Vaccine operations Central Provinces 1900-1911 - 1900-1911
Year: 1900
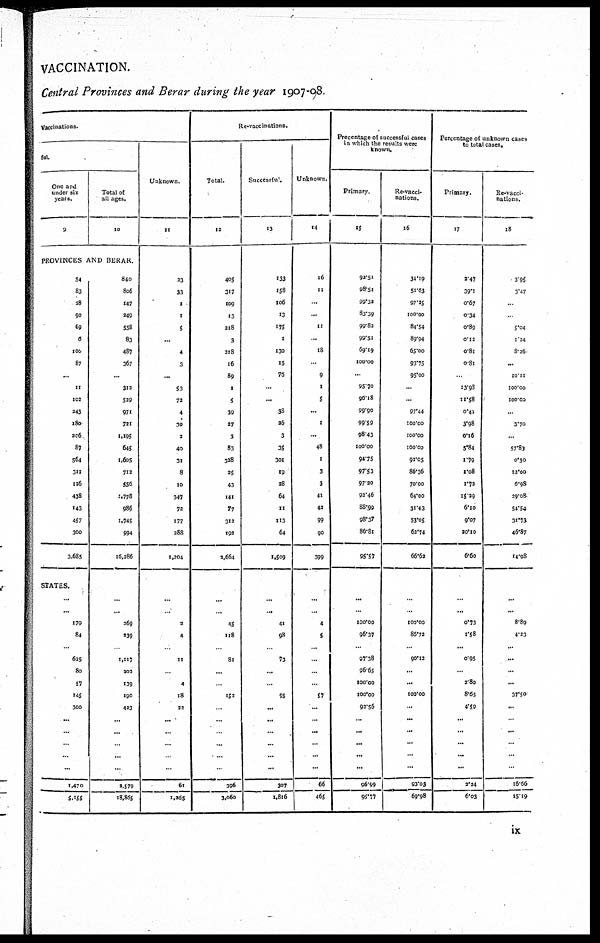
VACCINATION.
Central Provinces and Berar during the year 1907-98.
Vaccinations.
ful.
One and
under six
years.
9
Total of
all ages.
10
PROVINCES AND BERAR.
54
83
28
90
69
6
100
87
...
11
102
243
180
206
87
564
311
126
438
143
457
300
3,685
STATES.
...
...
179
84
...
625
80
57
145
300
...
...
...
...
...
1,470
5.155
840
806
147
249
558
83
487
367
...
312
529
971
721
1,195
645
1,605
712
556
1,778
986
1,745
994
16,286
...
...
269
239
...
1,117
202
139
190
423
...
...
..
...
...
2,579
18,865
Unknown
11
23
33
1
1
5
...
4
3
...
53
72
4
30
3
40
31
8
10
347
72
177
288
1,204
...
...
2
4
...
11
...
4
18
22
...
...
...
...
...
61
1,266
Re-vaccinations.
Total.
12
405
317
109
13
218
3
218
16
89
1
5
39
27
3
83
328
25
43
141
77
312
192
2,664
...
...
45
118
...
81
...
..
152
...
...
...
...
...
...
396
3,060
Successful.
13
133
158
106
13
175
1
130
15
76
...
...
38
26
3
35
301
19
28
64
11
113
64
1,509
...
...
41
98
...
73
...
...
95
...
...
...
...
...
...
307
1,816
Unknown.
14
16
11
...
...
11
...
18
...
9
1
5
...
1
..
48
1
3
3
41
42
99
90
399
...
...
4
5
...
...
...
...
57
...
...
...
...
...
...
66
465
Precentage of successful cases
in which the results were
known.
Primary
15
92.51
98.51
99.32
83.39
99.82
99.51
69.19
100.00
...
95.70
96.18
99.90
99.59
98.43
100.00
94.75
97.53
97.20
92.46
88.99
98.37
86.81
95.57
...
...
100.00
96.37
...
97.38
96.65
100.00
100.00
92.56
...
...
...
...
...
96.99
95.77
Revacci¬
nations.
16
34.19
51.63
97.25
100.00
84.54
89.94
65.00
93.75
95.00
...
...
97.44
100.00
100.00
100.00
92.05
86.36
70.00
64.00
31.43
53.05
62.74
66.62
...
...
100.00
86.72
...
90.12
...
...
100.00
...
...
...
...
...
...
93.03
69.98
Percentage of unknown cases
to total cases.
Primary.
17
2.47
39.1
0.67
0.34
0.89
0.12
0.81
0.81
...
13.98
11.58
0.41
3.98
0.16
5.84
1.79
1.08
1.72
15.29
6.10
9.07
20.10
6.60
...
...
0.73
1.58
...
0.95
...
2.80
8.65
4.59
...
...
...
...
...
2.24
6.03
Re-vacci¬
nations.
18
3.95
3.47
...
...
5.04
1.24
8.26
...
10.11
100.00
100.00
...
3.70
...
57.83
0.30
12.00
6.98
29.08-
54.54
31.73
46.87
14.98
...
...
8.89
4.23
...
...
...
...
37.50
...
...
...
...
...
...
16.66
15.19
ix